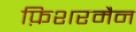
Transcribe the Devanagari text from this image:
फ़िशरमैन